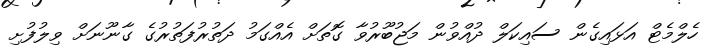
ހެލްމެޓް އަޅައިގެން ސައިކަލް ދުއްވުން މަޖުބޫރުވާ ގޮތަށް އެއްގަމު ދަތުރުފަތުރުގެ ގާނޫނަށް ވިލުފުށި